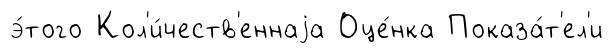
э́того Кол'и́честв'еннаjа Оце́нка Показа́т'ел'и